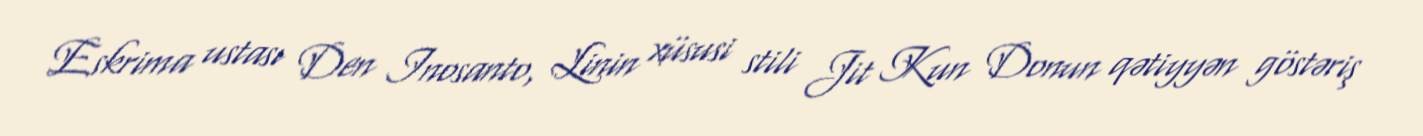
Eskrima ustası Den Inosanto, Linin xüsusi stili Jit Kun Donun qətiyyən göstəriş